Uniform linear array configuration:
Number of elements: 64
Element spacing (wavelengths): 0.5
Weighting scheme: exponential
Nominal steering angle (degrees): -60
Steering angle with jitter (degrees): -58.872
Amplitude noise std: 0.05
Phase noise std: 0.05

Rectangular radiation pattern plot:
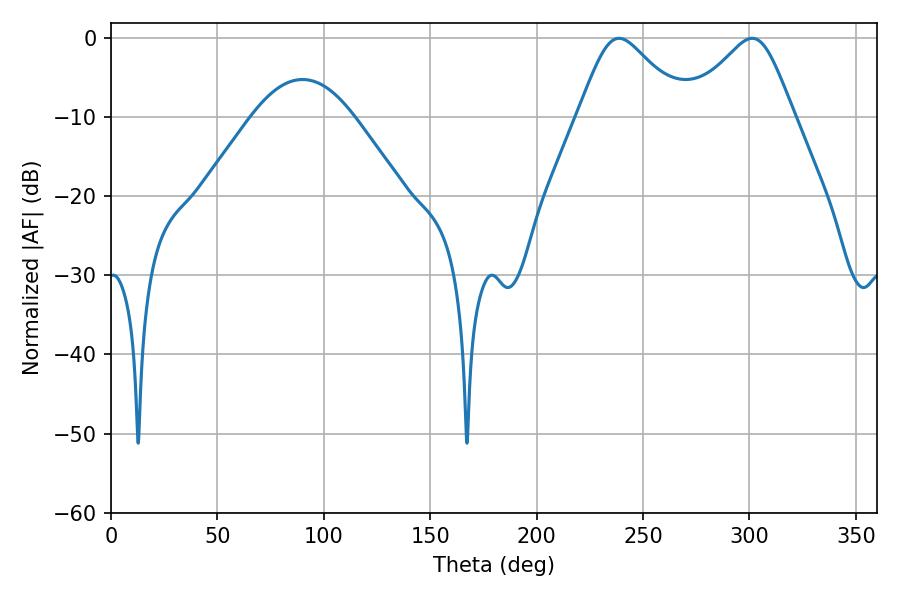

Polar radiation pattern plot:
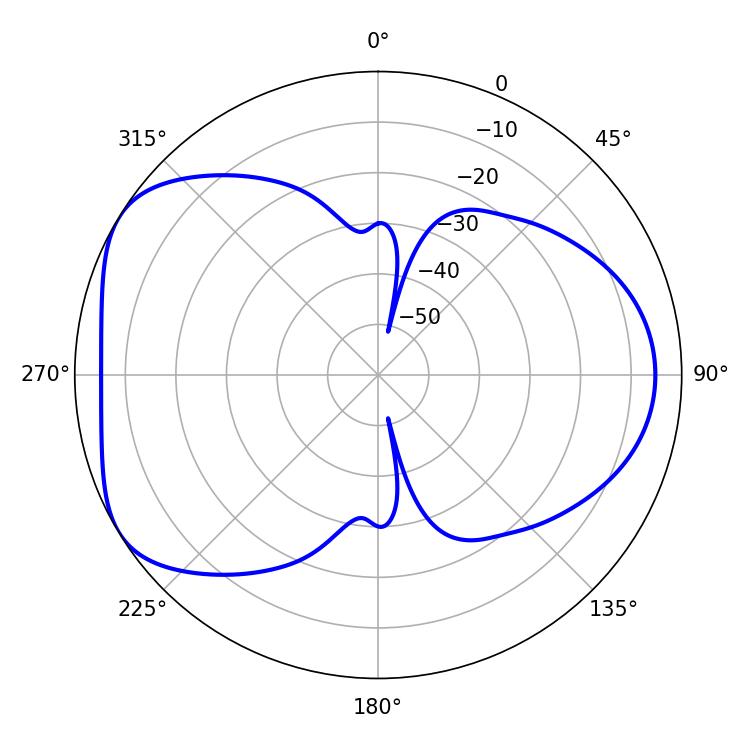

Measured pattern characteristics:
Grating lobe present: FALSE
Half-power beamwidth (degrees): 24.3
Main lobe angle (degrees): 301.32